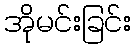
အိုမင်းခြင်း